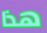
هذا